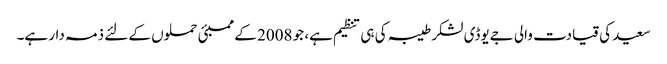
سعید کی قیادت والی جےیوڈی لشکر طیبہ کی ہی تنظیم ہے، جو 2008 کے ممبئی حملوں کے لئے ذمہ دار ہے۔